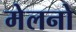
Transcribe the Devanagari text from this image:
मेलनो